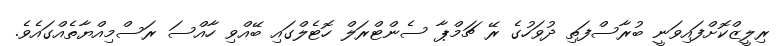
ރިލީޒްކޮށްފައިވަނީ ބުރާސްފަތި ދުވަހުގެ ރޭ ޗަމްޕާ ސެންޓްރަލް ހޮޓެލްގައި ބޭއްވި ހާއްސަ ރަސްމިއްޔާތެއްގައެވެ.